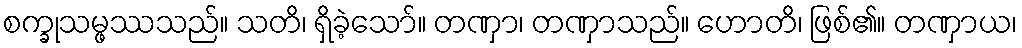
စက္ခုသမ္ဖဿသည်။ သတိ၊ ရှိခဲ့သော်။ တဏှာ၊ တဏှာသည်။ ဟောတိ၊ ဖြစ်၏။ တဏှာယ၊